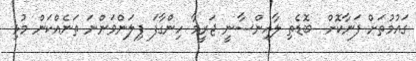
ގައުމުތަށް ފަނާކޮށް  ބޮޑެތި ލާއިންސާނީ ޖަރީމާ ހިންގާފަ ފިލަންވަންނަ ތަނެއްކަން މުޅި